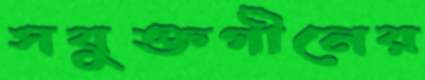
সবুক্তগীনের